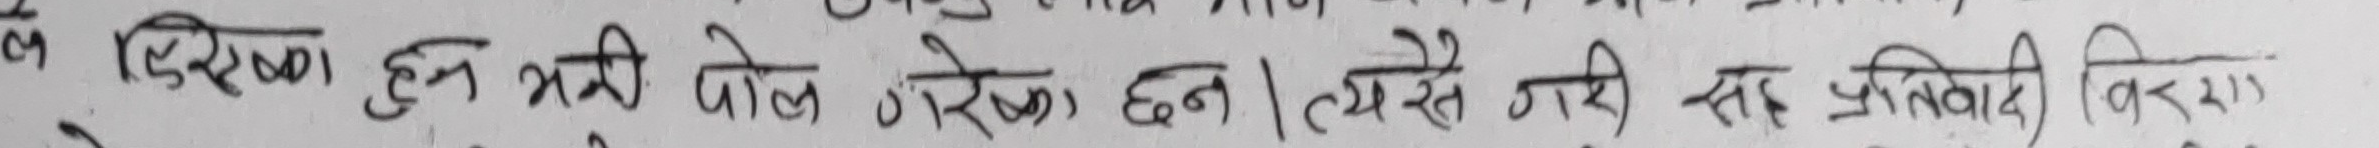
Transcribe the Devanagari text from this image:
ले दण्डिष्का हुन भन्री बोले गरेको छन् । त्यसै गरी सह प्रतिवादी विरु